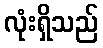
လုံးရှိသည်